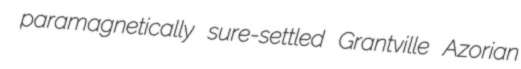
paramagnetically sure-settled Grantville Azorian